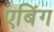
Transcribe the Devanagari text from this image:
एबिंग